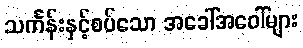
သင်္ကန်းနှင့်စပ်သော အခေါ်အဝေါ်များ